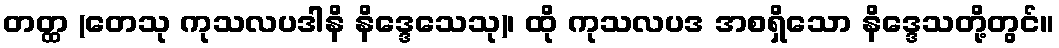
တတ္ထ (တေသု ကုသလပဒါနိ နိဒ္ဒေသေသု)၊ ထို ကုသလပဒ အစရှိသော နိဒ္ဒေသတို့တွင်။